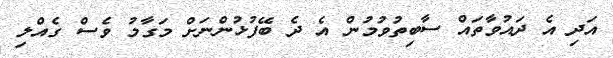
އަދި އެ ދައުވާތައް ސާބިތުވުމުން އެ ދެ ބޭފުޅުންނަށް މަގާމު ވެސް ގެއްލި